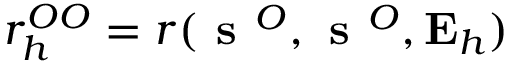
r _ { h } ^ { O O } = r ( \textbf { s } ^ { O } , \textbf { s } ^ { O } , \mathbf { E } _ { h } )